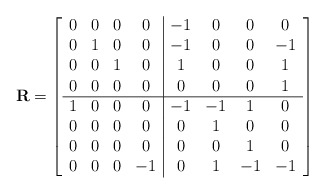
\begin{align*}\mathbf{R}=\left[\begin{array}{cccc|cccc} 0& 0& 0& 0&-1& 0& 0& 0\\ 0& 1& 0& 0&-1& 0& 0&-1\\ 0& 0& 1& 0& 1& 0& 0& 1\\ 0& 0& 0& 0& 0& 0& 0& 1\\ \hline 1& 0& 0& 0&-1&-1& 1& 0\\ 0& 0& 0& 0& 0& 1& 0& 0\\ 0& 0& 0& 0& 0& 0& 1& 0\\ 0& 0& 0&-1& 0& 1&-1&-1\end{array}\right]\end{align*}